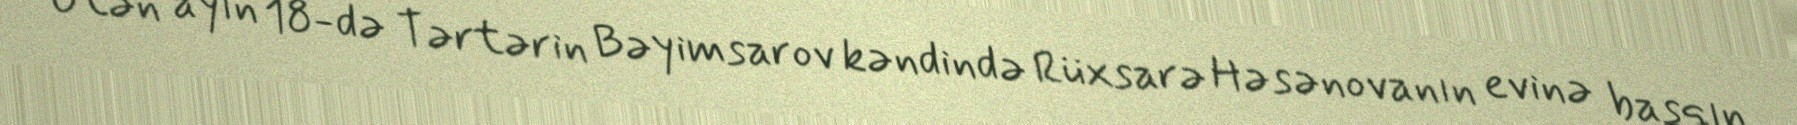
Ötən ayın 18-də Tərtərin Bəyimsarov kəndində Rüxsarə Həsənovanın evinə basqın